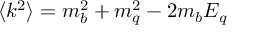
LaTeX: \langle k ^ { 2 } \rangle = m _ { b } ^ { 2 } + m _ { q } ^ { 2 } - 2 m _ { b } E _ { q }